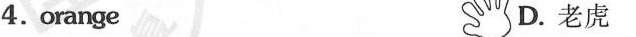
4.orange D.老虎